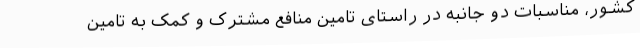
کشور، مناسبات دو جانبه در راستای تامین منافع مشترک و کمک به تامین